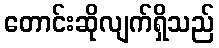
တောင်းဆိုလျက်ရှိသည်